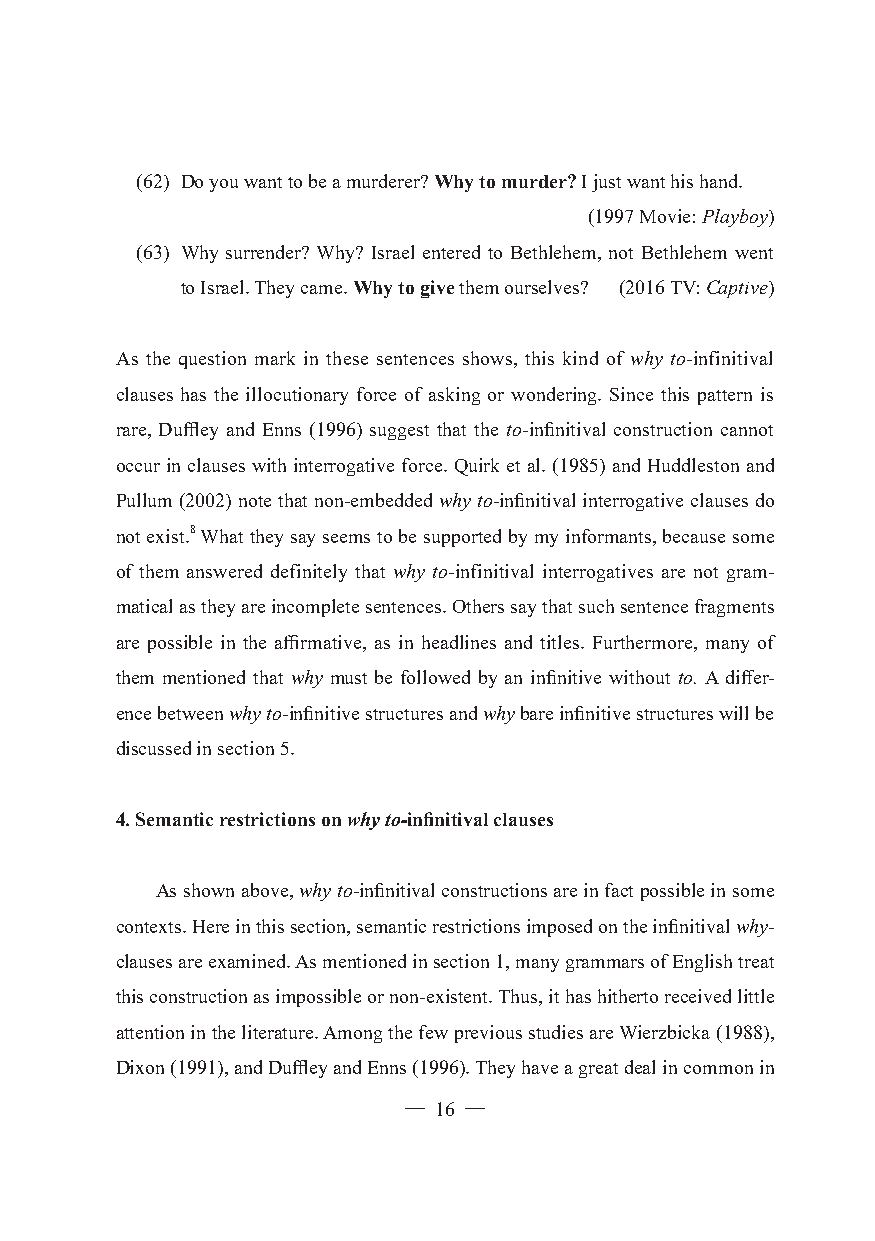
(62) Do you want to be a murderer? Why to murder? I just want his hand.
 (1997 Movie: Playboy)
 (63) Why surrender? Why? Israel entered to Bethlehem, not Bethlehem went
 to Israel. They came. Why to give them ourselves? (2016 TV: Captive)
 As the question mark in these sentences shows, this kind of why to-infinitival
 clauses has the illocutionary force of asking or wondering. Since this pattern is
 rare, Duffley and Enns (1996) suggest that the to-infinitival construction cannot
 occur in clauses with interrogative force. Quirk et al. (1985) and Huddleston and
 Pullum (2002) note that non-embedded why to-infinitival interrogative clauses do
 not exist.8 What they say seems to be supported by my informants, because some
 of them answered definitely that why to-infinitival interrogatives are not gram-
 matical as they are incomplete sentences. Others say that such sentence fragments
 are possible in the affirmative, as in headlines and titles. Furthermore, many of
 them mentioned that why must be followed by an infinitive without to. A differ-
 ence between why to-infinitive structures and why bare infinitive structures will be
 discussed in section 5.
 4. Semantic restrictions on why to-infinitival clauses
 As shown above, why to-infinitival constructions are in fact possible in some
 contexts. Here in this section, semantic restrictions imposed on the infinitival why-
 clauses are examined. As mentioned in section 1, many grammars of English treat
 this construction as impossible or non-existent. Thus, it has hitherto received little
 attention in the literature. Among the few previous studies are Wierzbicka (1988),
 Dixon (1991), and Duffley and Enns (1996). They have a great deal in common in
 ─ 16 ─